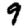
Digit: 9